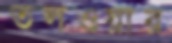
তলওয়ার